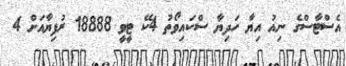
އެސްޓާސްގެ ނިއު އިޔާ ހަދިޔާ ސްކައިވޯތު 4ކޭ ޓީވީ 18888 ރުފިޔާއަށް 4